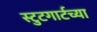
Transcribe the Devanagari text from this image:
स्टुटगार्टच्या